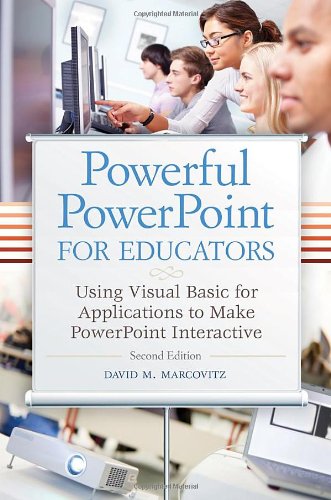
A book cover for Powerful PowerPoint for Educators: Using Visual Basic for Applications to Make PowerPoint Interactive, Second Edition; David M. Marcovitz; Computers & Technology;